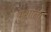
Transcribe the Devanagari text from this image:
कुशाला